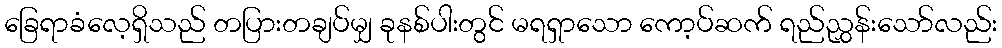
ခြေရာခံလေ့ရှိသည် တပြားတချပ်မျှ ခုနစ်ပါးတွင် မရရှာသော ကော့ပ်ဆက် ရည်ညွှန်းသော်လည်း